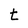
Character: t